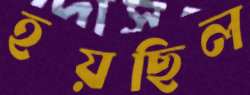
হয়ছিল